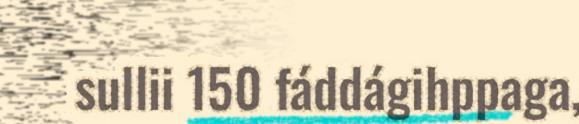
sullii 150 fáddágihppaga,